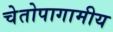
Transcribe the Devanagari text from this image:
चेतोपागामीय